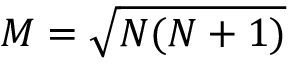
M = \sqrt { N ( N + 1 ) }